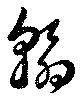
翰